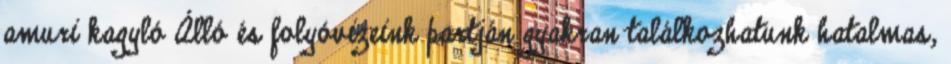
amuri kagyló Álló és folyóvizeink partján gyakran találkozhatunk hatalmas,